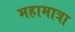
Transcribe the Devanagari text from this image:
महामात्रा